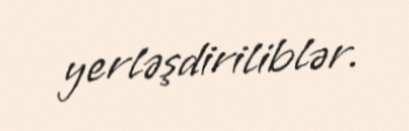
yerləşdiriliblər.